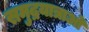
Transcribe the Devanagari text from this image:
समुद्रयात्राओं